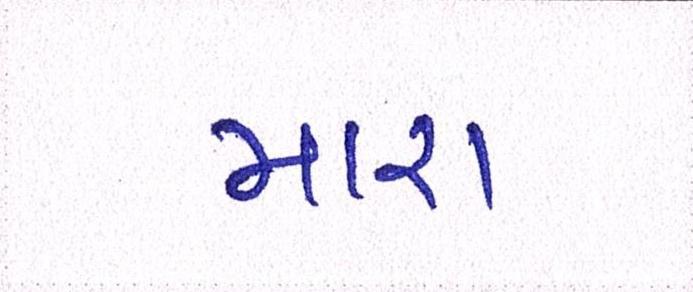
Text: મારા